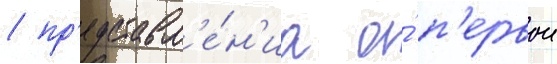
/ пр'едставл'е́н'иа о́ п'ервои